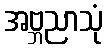
အဗ္ဘညာသုံ